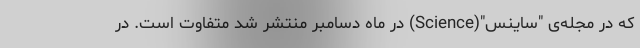
که در مجله‌ی "ساینس"(Science) در ماه دسامبر منتشر شد متفاوت است. در